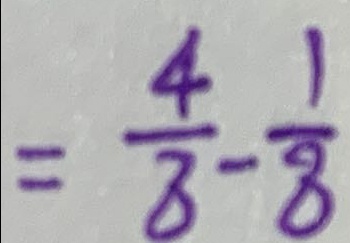
= \frac { 4 } { 8 } - \frac { 1 } { 8 }